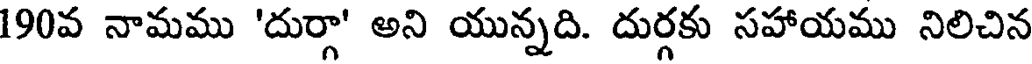
190వ నామము 'దుర్గా' అని యున్నది. దుర్గకు సహాయము నిలిచిన